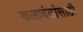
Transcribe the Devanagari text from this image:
कलावंतांसाठी